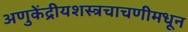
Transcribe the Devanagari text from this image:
अणुकेंद्रीयशस्‍त्रचाचणीमधून